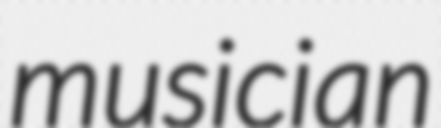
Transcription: musician